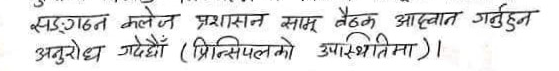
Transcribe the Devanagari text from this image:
सङ्गठन कलेज प्रशासन साम् बैठक आहूवान गर्नुहुन
अनुरोध गर्दछौं (प्रिन्सिपलको उपस्थितिमा ) ।